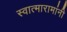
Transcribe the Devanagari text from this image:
स्वात्मारामांनी